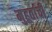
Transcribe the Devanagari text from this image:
मुहूर्ताची